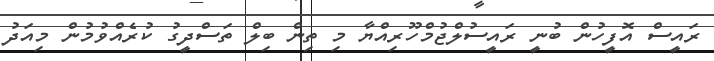
ރައީސް އޮފީހުން ބުނީ ރައީސުލްޖުމްހޫރިއްޔާ މި ތިން ބިލް ތަސްދީގު ކުރެއްވުމުން މިއަދު